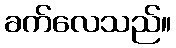
ခက်လေသည်။